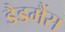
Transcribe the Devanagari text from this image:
डैडमैंस